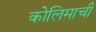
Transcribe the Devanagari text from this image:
कोलिमाची